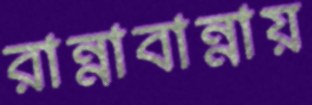
রান্নাবান্নায়